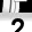
Digit: 2